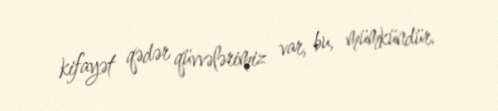
kifayət qədər qüvvələrimiz var, bu, mümkündür.